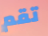
تقم